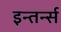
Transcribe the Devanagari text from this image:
इन्तर्न्स